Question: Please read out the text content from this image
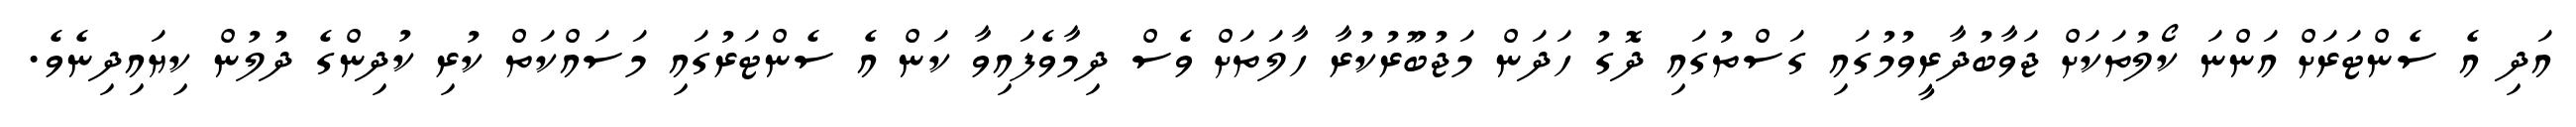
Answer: އަދި އެ ސެންޓަރަށް އަންނަ ކޯލުތަކަށް ޖަވާބުދާރީވުމުގައި ގަސްތުގައި ދޮގު ހަދަން މަޖުބޫރުކުރާ ހާލަތަށް ވެސް ދިމާވެފައިވާ ކަން އެ ސެންޓަރުގައި މަސައްކަތް ކުރި ކުދިންގެ ދުލުން ކިޔައިދިނެވެ.